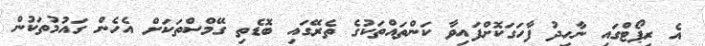
އެ ރިޕޯޓްގައި ނާހިދު ފާހަގަކޮށްފައިވާ ކަންތައްތަކުގެ ތެރޭގައި ބޮޑެތި ގޭމްސްތަކަށް އެހެން ގައުމުތަކުން